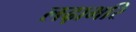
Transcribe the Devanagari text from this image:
लढ़ाभरि